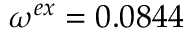
\omega ^ { e x } = 0 . 0 8 4 4